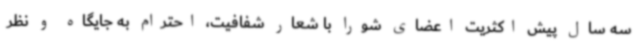
سه سال پیش اکثریت اعضای شورا با شعار شفافیت، احترام به جایگاه و نظر